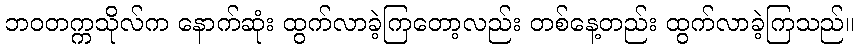
ဘဝတက္ကသိုလ်က နောက်ဆုံး ထွက်လာခဲ့ကြတော့လည်း တစ်နေ့တည်း ထွက်လာခဲ့ကြသည်။